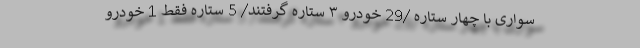
سواری با چهار ستاره /29 خودرو ۳ ستاره گرفتند/ 5 ستاره فقط 1 خودرو